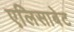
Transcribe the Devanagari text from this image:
एलिसाबेट